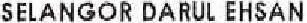
SELANGOR DARUL EHSAN